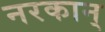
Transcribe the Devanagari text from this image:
नरकान्